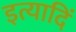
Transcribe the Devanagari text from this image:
इत्यादिं